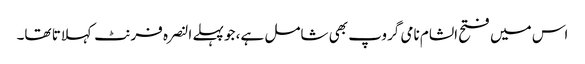
اس میں فتح الشام نامی گروپ بھی شامل ہے، جو پہلے النصرہ فرنٹ کہلاتا تھا۔